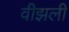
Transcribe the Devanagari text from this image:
वीझली